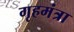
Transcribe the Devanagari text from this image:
गृहमंत्रा